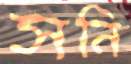
সনি